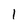
Character: l